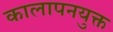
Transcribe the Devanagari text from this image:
कालापनयुक्त